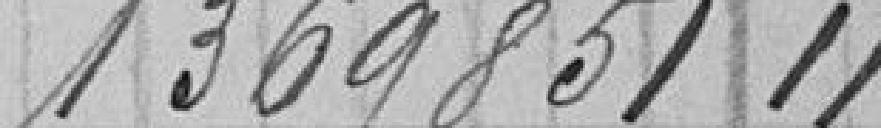
1369851,11